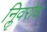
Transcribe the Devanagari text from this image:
निॢवरोध